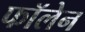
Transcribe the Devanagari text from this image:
फॉलेन